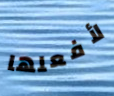
لأفعلها